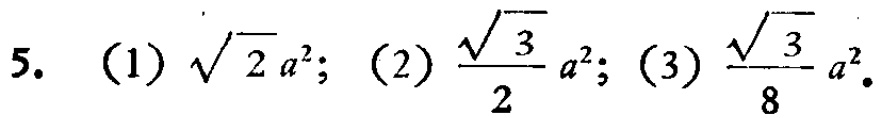
5. (1) \(\sqrt{2}a^{2}\); (2) \(\frac{\sqrt{3}}{2}a^{2}\); (3) \(\frac{\sqrt{3}}{8}a^{2}\).